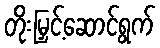
တိုးမြှင့်ဆောင်ရွက်